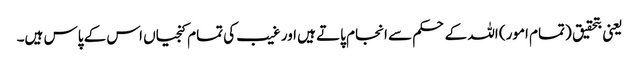
یعنی بتحقیق (تمام امور) اللہ کے حکم سے انجام پاتے ہیں اور غیب کی تمام کنجیاں اس کے پاس ہیں۔